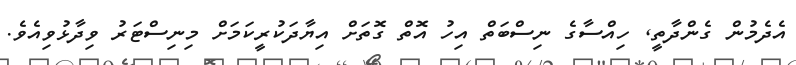
އެދެމުން ގެންދާތީ